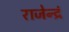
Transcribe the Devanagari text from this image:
राजेन्द्रं